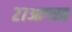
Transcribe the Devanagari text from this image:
२७आगस्त